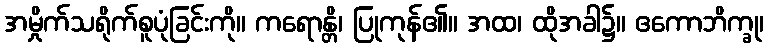
အမှိုက်သရိုက်စူပုံခြင်းကို။ ကရောန္တိ၊ ပြုကုန်၏။ အထ၊ ထိုအခါ၌။ ဧကောဘိက္ခု၊